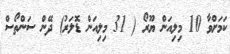
ކަމަށްވާ 10 މިލިއަން ޔޫރޯ ( 31 މިލިއަން ޑޮލަރު) ދޭން ސަންތޯސް